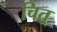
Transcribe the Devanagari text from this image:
चित्र्